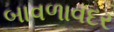
બાવળાવદર